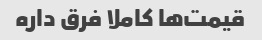
قیمت‌ها کاملا فرق داره